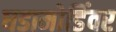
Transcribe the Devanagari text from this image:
घडामोडिंवर